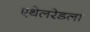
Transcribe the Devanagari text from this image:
एथेलरेडला